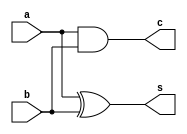
module compressor2(a,b,s,c);
   parameter width = 0;

   input [width-1:0] a;
   input [width-1:0] b;

   output [width-1:0] s;
   output [width-1:0] c;

   assign s = a ^ b;
   assign c = a & b;

endmodule